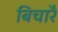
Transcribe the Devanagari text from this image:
बिचारै